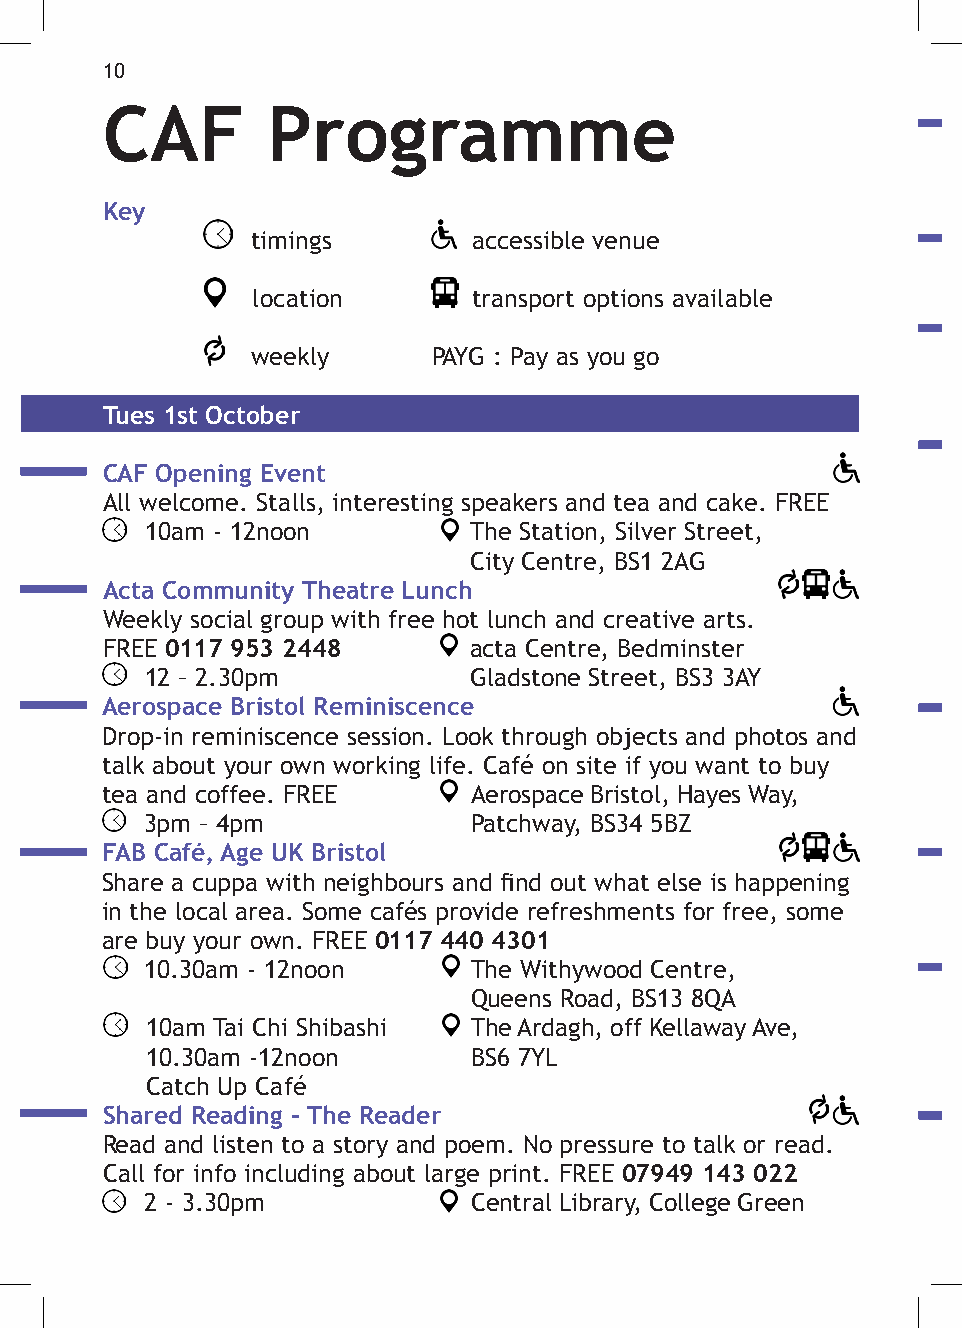
10
 CAF        Programme
 Key
 timings       accessible venue
 location      transport options available
 weekly      PAYG : Pay as you go
 Tues 1st October
 CAF Opening Event
 All welcome. Stalls, interesting speakers and tea and cake. FREE
 10am - 12noon        The Station, Silver Street,
 City Centre, BS1 2AG
 Acta Community Theatre Lunch
 Weekly social group with free hot lunch and creative arts.
 FREE 0117 953 2448      acta Centre, Bedminster
 12 – 2.30pm          Gladstone Street, BS3 3AY
 Aerospace Bristol Reminiscence
 Drop-in reminiscence session. Look through objects and photos and
 talk about your own working life. Café on site if you want to buy
 tea and coffee. FREE    Aerospace Bristol, Hayes Way,
 3pm – 4pm            Patchway, BS34 5BZ
 FAB Café, Age UK Bristol
 Share a cuppa with neighbours and find out what else is happening
 in the local area. Some cafés provide refreshments for free, some
 are buy your own. FREE 0117 440 4301
 10.30am - 12noon     The Withywood Centre,
 Queens Road, BS13 8QA
 10am Tai Chi Shibashi The Ardagh, off Kellaway Ave,
 10.30am -12noon      BS6 7YL
 Catch Up Café
 Shared Reading - The Reader
 Read and listen to a story and poem. No pressure to talk or read.
 Call for info including about large print. FREE 07949 143 022
 2 - 3.30pm           Central Library, College Green